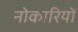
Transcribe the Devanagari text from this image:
नोकारियों